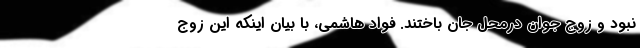
نبود و‌ زوج جوان درمحل جان باختند. فواد هاشمی، با بیان اینکه این زوج